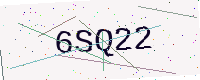
Text: 6SQ22